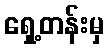
ရှေ့တန်းမှ